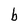
Character: b